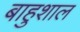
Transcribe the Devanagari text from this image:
बाहुशाल